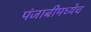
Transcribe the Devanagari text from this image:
पंजाबीमध्येच